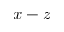
x - z